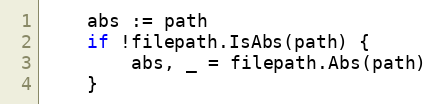
Language: Go
	abs := path
	if !filepath.IsAbs(path) {
		abs, _ = filepath.Abs(path)
	}